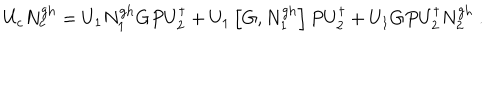
U _ { c } N _ { c } ^ { \mathrm { g h } } = U _ { 1 } N _ { 1 } ^ { \mathrm { g h } } G P U _ { 2 } ^ { \dagger } + U _ { 1 } \left[ G , N _ { 1 } ^ { \mathrm { g h } } \right] P U _ { 2 } ^ { \dagger } + U _ { 1 } G P U _ { 2 } ^ { \dagger } N _ { 2 } ^ { \mathrm { g h } } \ .